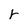
Character: r